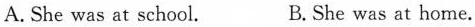
A.She was at school. B.She was at home.